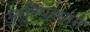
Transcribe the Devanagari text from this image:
ऊर्मिप्रधान